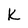
Character: K